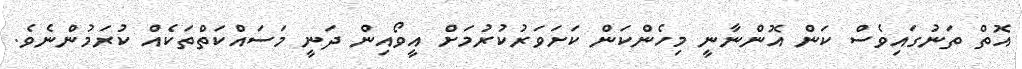
އޮތް ތަނުގައިވެސް ކަން އޮންނާނީ މިހެންކަން ކަށަވަރުކުރުމަށް އީވޯއިން ދަނީ މަސައްކަތްތަކެއް ކުރަމުންނެވެ.